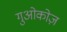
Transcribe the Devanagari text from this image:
गुओकोज़